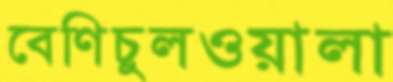
বেণিচুলওয়ালা